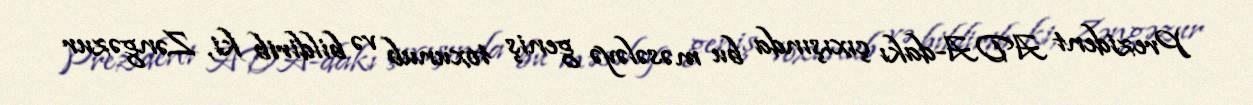
Prezident ADA-dakı çıxışında bu məsələyə geniş toxunub və bildirib ki, Zəngəzur